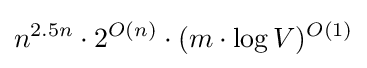
n^{2.5n}\cdot 2^{O(n)}\cdot (m\cdot \log V)^{O(1)}